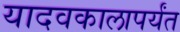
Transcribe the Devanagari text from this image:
यादवकालापर्यंत